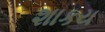
શાકય